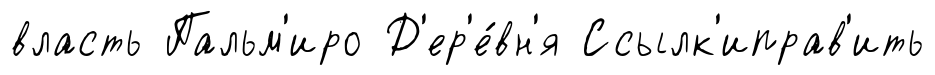
власть Пальм'иро Д'ер'е́вн'я Ссылк'иправ'ить